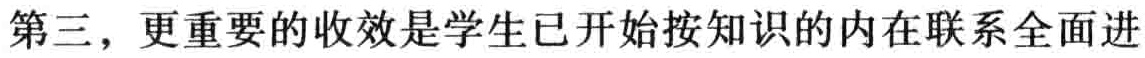
第三，更重要的收效是学生已开始按知识的内在联系全面进